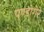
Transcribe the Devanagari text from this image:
पण्डोगेरे